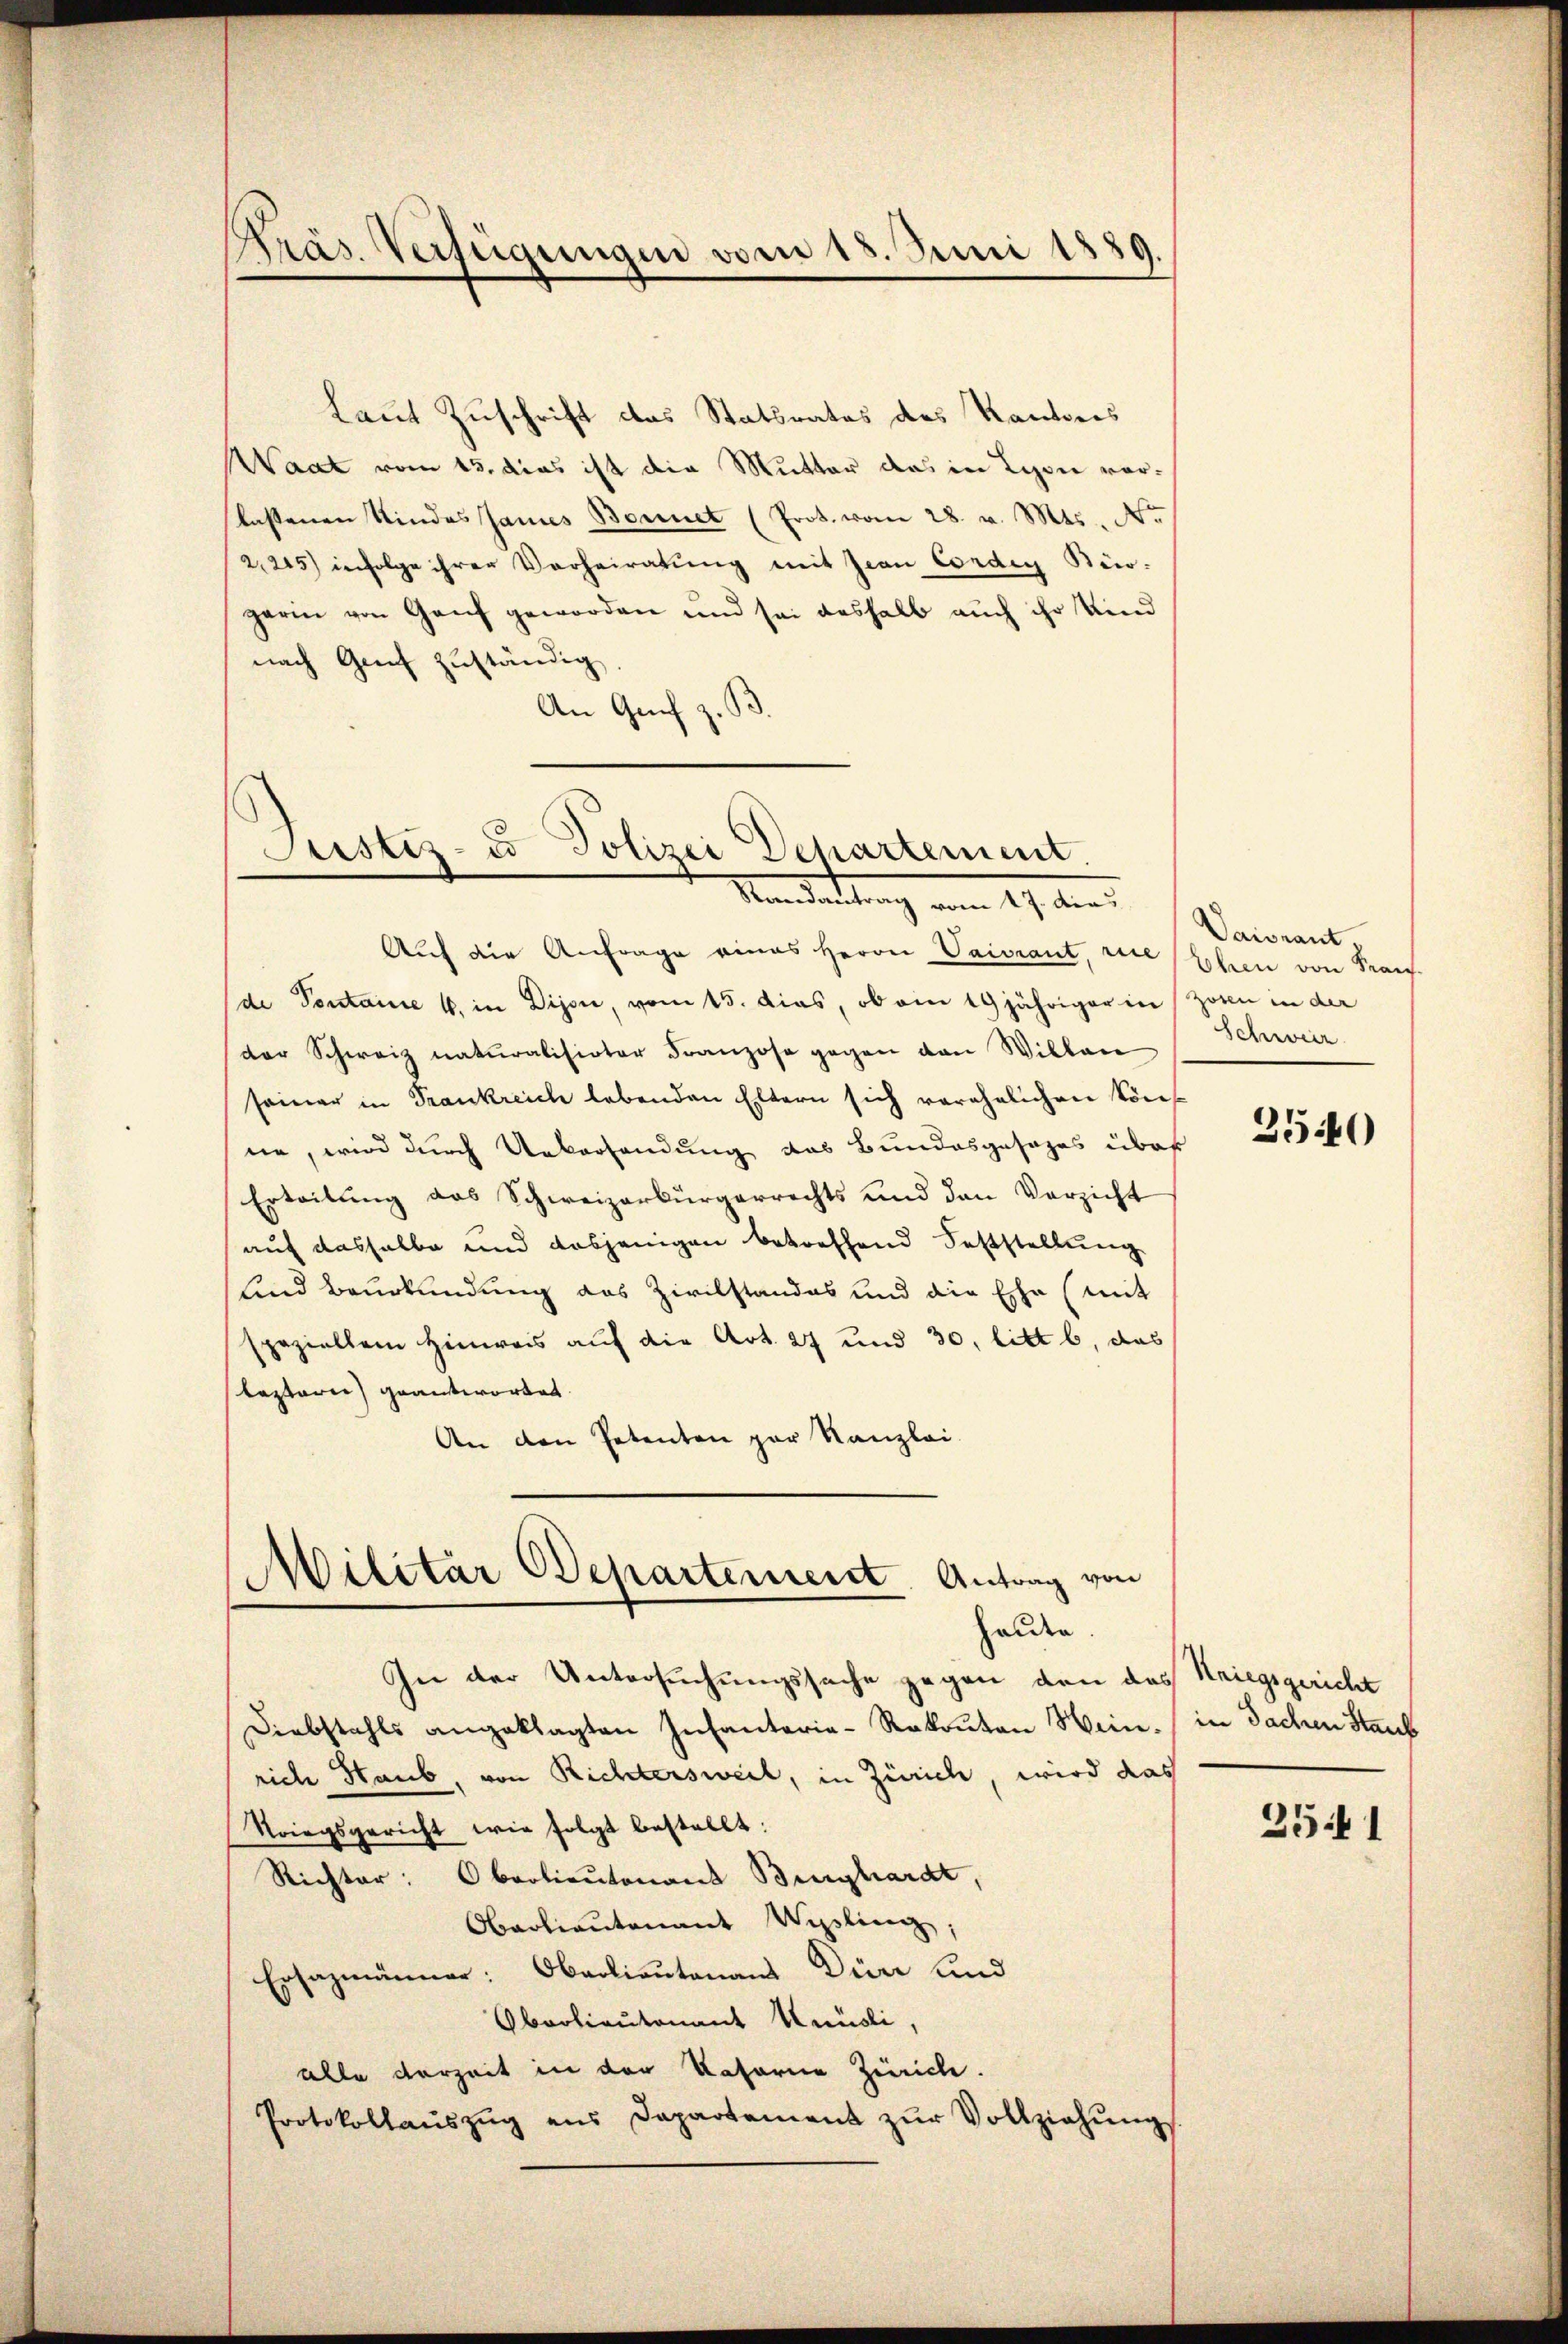
Laut Zuschrift das Statsrates des Kantons
Waat vom 15. das ist die Mutter das in Lyon vorlassenen Kindes Jannes Bennet (Prot. vom 28. v. Mts. No
2,245) infolge ihrer Verheiratung mit Jean Condig Stür-
gerin von Ganz geworden und sei deshalb auch ihr Kind
nach Genf zuständig
An Genf z.

Auf die Anfrage eines Herrn Vaiviant, rie
(de Pentaine u. in Dijon, vom 15. das, ob ein 19 jähriger in Zonen in der
der Schweiz naturalisirter Franzose gegen den Willen
seiner in Frankreich lebenden Eltern sich verehelichen Sons
ne, wird durch Uebersendung das Bundesgesages über
Erteilung des Schweizerbürgerrechts und den Verzicht
auf dasselbe und dasjenigen betreffend Feststellung
und Beurkundung das Zivilstandes und die Ehe (mit
speziellem Hinweis auf die Art. 27 und 30, litt b. das
leztere geantwortet.
An den Petenten par Kanzlei-

Kräs. Verfügungen vom 15. Juni 1889.

Justiz- & Polizei Departement.
Mandartung vom 19. dies

Militar Departement. Antrag von
haute.

In der Untersuchungssache gegen den das Kriegsgericht
Diebstahls angeklagten Infanterie-Rekonton Wein, in Sachen Staub
rich Haub, von Richtersweil, in Zürich, wird das
Kriegsgericht wie folgt bestellt:
Richter: Oberlieutenant Burghardt,
Oberlieutenant Wipliniz;
Ersazmänner: Oberlieutenans Dürr und
Abarlieutenant Knüsli,
alle derzeit in der Vaterne Zürich.
Protokollaŭszŭg ans Departement zŭr Vollziehŭngs

Daisant,
Ehen von Kraus.
Schweiz

3540

2541